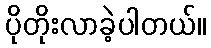
ပိုတိုးလာခဲ့ပါတယ်။